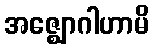
အဇ္ဈောဂါဟာမိ